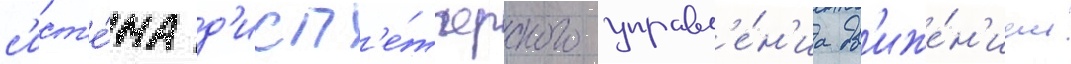
с'ист'е́ма д'исп'е́тчерского управл'е́н'иа дв'иже́н'ием